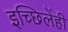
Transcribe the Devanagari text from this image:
इच्छिलेंही